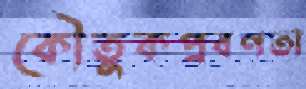
কৌতুকপ্রবণতা